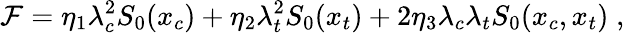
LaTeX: \mathcal{F}=\eta_{1}\lambda_{c}^{2}S_{0}(x_{c})+\eta_{2}\lambda_{t}^{2}S_{0}(x_{t})+2\eta_{3}\lambda_{c}\lambda_{t}S_{0}(x_{c},x_{t})\; ,